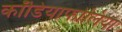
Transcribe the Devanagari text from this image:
कॉडियाफोलिया